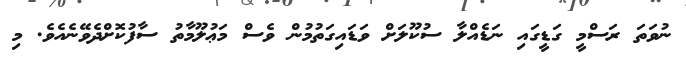
ނުވަތަ ރަސްމީ ގަޑީގައި ނަޑެއްލާ ސުކޫލަށް ވަޑައިގަތުމުން ވެސް މަޢުލޫމާތު ސާފުކޮށްދެވޭނެއެވެ. މި